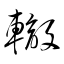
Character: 轍